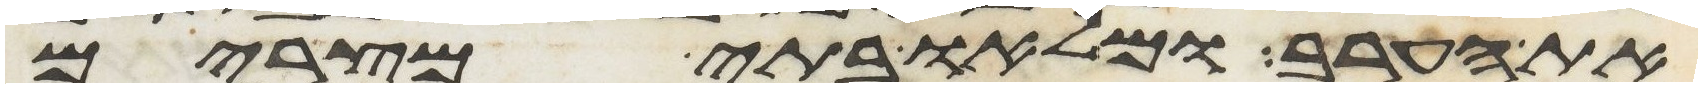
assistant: את הערב ומלאו בתי מצרים